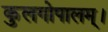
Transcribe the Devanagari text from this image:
कुलगोपालम्‌।